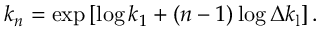
k _ { n } = \exp \left[ \log k _ { 1 } + ( n - 1 ) \log \Delta k _ { \mathrm { l } } \right] .